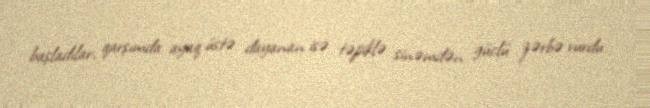
başladılar, qarşımda ayaq üstə dayanan isə təpiklə sinəmdən güclü zərbə vurdu.